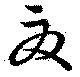
夏